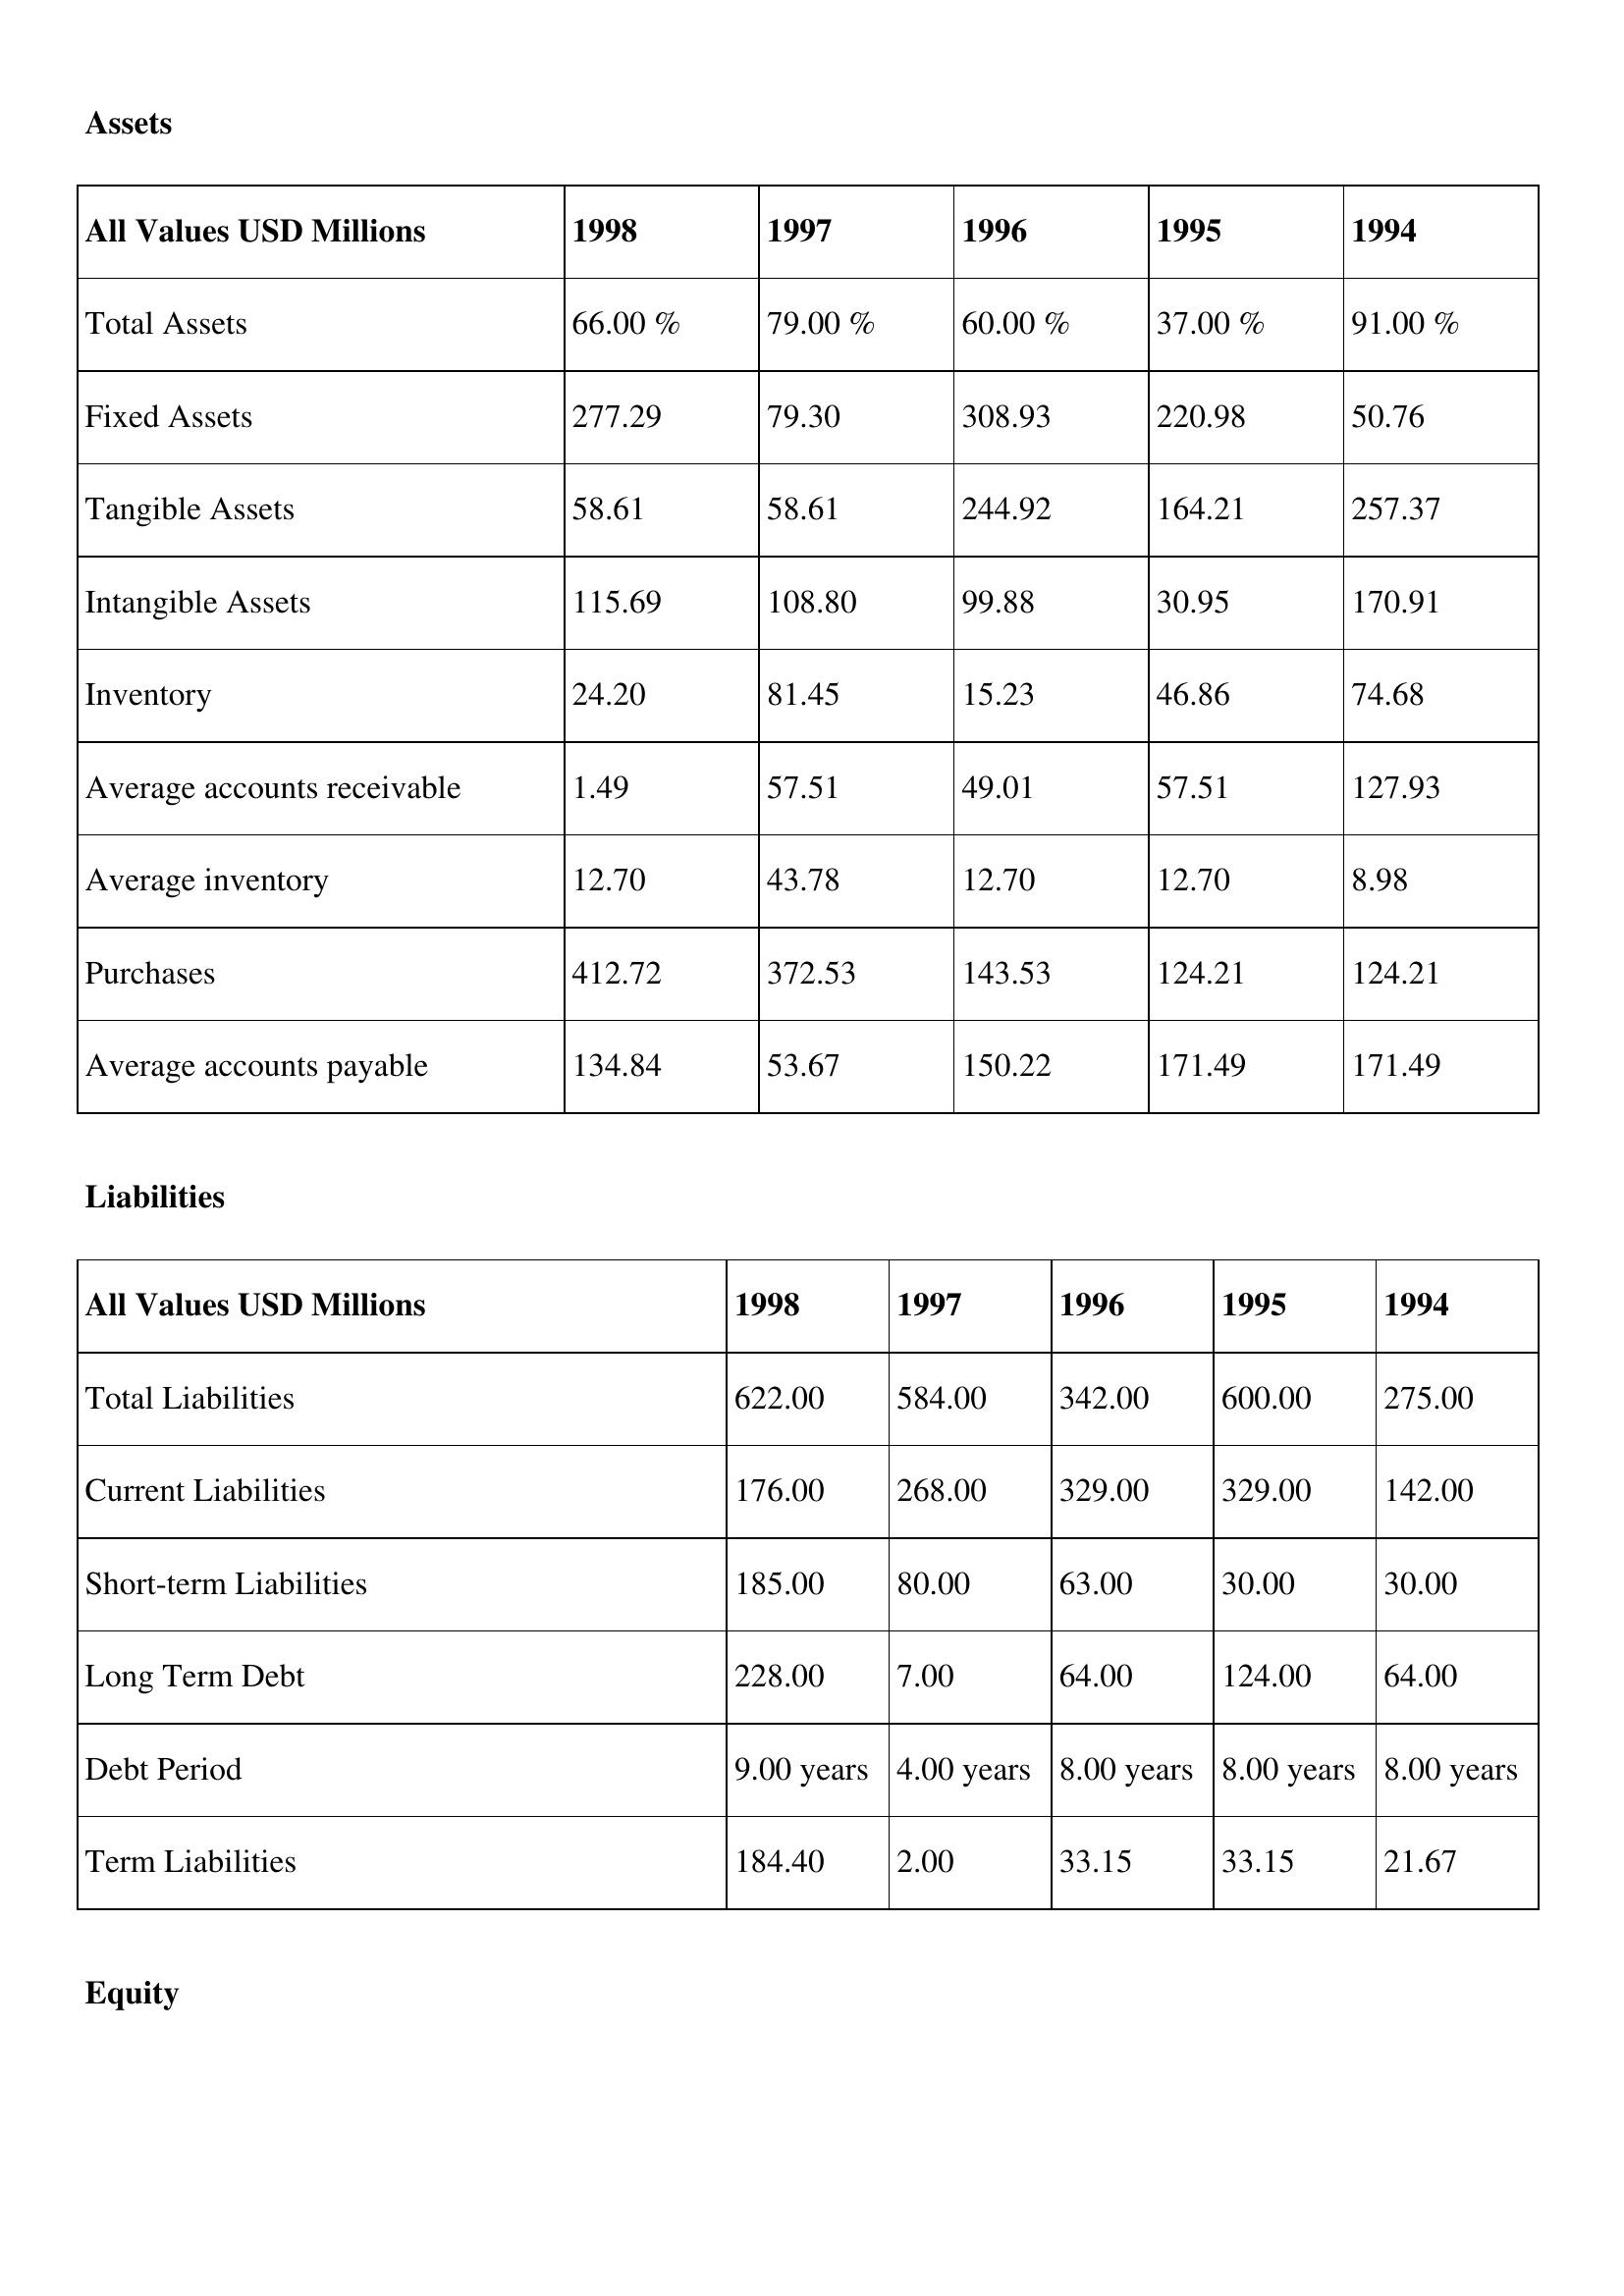
gt_parse: 1998: Assets: Total Assets: 66.00 %
Fixed Assets: 277.29
Tangible Assets: 58.61
Intangible Assets: 115.69
Inventory: 24.20
Average accounts receivable: 1.49
Average inventory: 12.70
Purchases: 412.72
Average accounts payable: 134.84
Liabilities: Total Liabilities: 622.00
Current Liabilities: 176.00
Short-term Liabilities: 185.00
Long Term Debt: 228.00
Debt Period: 9.00 years
Term Liabilities: 184.40
Equity: Common Stock: 175.53
Treasury Stock: 13.54
Other Comprehensive Income: 56.30
Total Equity: 97.00 %
Issued Capital: 397.00
Paid-up Capital: 63.87
Additional Paid-In Capital: 71.67
General Reserves: 23.31
Credit Balance: 35.85
Retained Earnings: 345.29
1997: Assets: Total Assets: 79.00 %
Fixed Assets: 79.30
Tangible Assets: 58.61
Intangible Assets: 108.80
Inventory: 81.45
Average accounts receivable: 57.51
Average inventory: 43.78
Purchases: 372.53
Average accounts payable: 53.67
Liabilities: Total Liabilities: 584.00
Current Liabilities: 268.00
Short-term Liabilities: 80.00
Long Term Debt: 7.00
Debt Period: 4.00 years
Term Liabilities: 2.00
Equity: Common Stock: 209.97
Treasury Stock: 21.14
Other Comprehensive Income: 33.24
Total Equity: 71.00 %
Issued Capital: 162.00
Paid-up Capital: 96.51
Additional Paid-In Capital: 57.96
General Reserves: 43.04
Credit Balance: 1.08
Retained Earnings: 244.08
1996: Assets: Total Assets: 60.00 %
Fixed Assets: 308.93
Tangible Assets: 244.92
Intangible Assets: 99.88
Inventory: 15.23
Average accounts receivable: 49.01
Average inventory: 12.70
Purchases: 143.53
Average accounts payable: 150.22
Liabilities: Total Liabilities: 342.00
Current Liabilities: 329.00
Short-term Liabilities: 63.00
Long Term Debt: 64.00
Debt Period: 8.00 years
Term Liabilities: 33.15
Equity: Common Stock: 259.93
Treasury Stock: 4.34
Other Comprehensive Income: 88.47
Total Equity: 31.00 %
Issued Capital: 397.00
Paid-up Capital: 47.47
Additional Paid-In Capital: 52.35
General Reserves: 43.04
Credit Balance: 28.04
Retained Earnings: 295.58
1995: Assets: Total Assets: 37.00 %
Fixed Assets: 220.98
Tangible Assets: 164.21
Intangible Assets: 30.95
Inventory: 46.86
Average accounts receivable: 57.51
Average inventory: 12.70
Purchases: 124.21
Average accounts payable: 171.49
Liabilities: Total Liabilities: 600.00
Current Liabilities: 329.00
Short-term Liabilities: 30.00
Long Term Debt: 124.00
Debt Period: 8.00 years
Term Liabilities: 33.15
Equity: Common Stock: 51.90
Treasury Stock: 37.69
Other Comprehensive Income: 79.04
Total Equity: 10.00 %
Issued Capital: 397.00
Paid-up Capital: 95.11
Additional Paid-In Capital: 81.06
General Reserves: 144.93
Credit Balance: 35.80
Retained Earnings: 85.03
1994: Assets: Total Assets: 91.00 %
Fixed Assets: 50.76
Tangible Assets: 257.37
Intangible Assets: 170.91
Inventory: 74.68
Average accounts receivable: 127.93
Average inventory: 8.98
Purchases: 124.21
Average accounts payable: 171.49
Liabilities: Total Liabilities: 275.00
Current Liabilities: 142.00
Short-term Liabilities: 30.00
Long Term Debt: 64.00
Debt Period: 8.00 years
Term Liabilities: 21.67
Equity: Common Stock: 260.65
Treasury Stock: 16.47
Other Comprehensive Income: 15.35
Total Equity: 80.00 %
Issued Capital: 186.00
Paid-up Capital: 35.48
Additional Paid-In Capital: 3.34
General Reserves: 107.08
Credit Balance: 28.04
Retained Earnings: 290.98